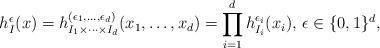
LaTeX: \begin{align*}h_I^\epsilon(x)=h_{I_1\times\cdots\times I_d}^{(\epsilon_1,\ldots,\epsilon_d)}(x_1,\ldots,x_d)=\prod_{i=1}^d h_{I_i}^{\epsilon_i}(x_i),\,\epsilon\in\{0,1\}^d,\end{align*}